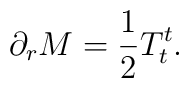
\partial_r M={1\over 2}T^t_t .